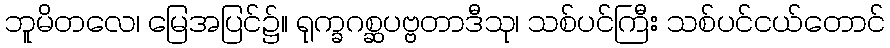
ဘူမိတလေ၊ မြေအပြင်၌။ ရုက္ခဂစ္ဆပဗ္ဗတာဒီသု၊ သစ်ပင်ကြီး သစ်ပင်ငယ်တောင်